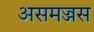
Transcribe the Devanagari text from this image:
असमज्जस